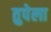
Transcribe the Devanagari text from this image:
तुपेला